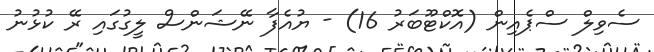
ސެވިލް ސްޕެއިން (އޮކްޓޫބަރު 16) - ޔުއެފާ ނޭޝަންސް ލީގުގައި ރޭ ކުޅުނު